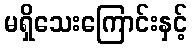
မရှိသေးကြောင်းနှင့်